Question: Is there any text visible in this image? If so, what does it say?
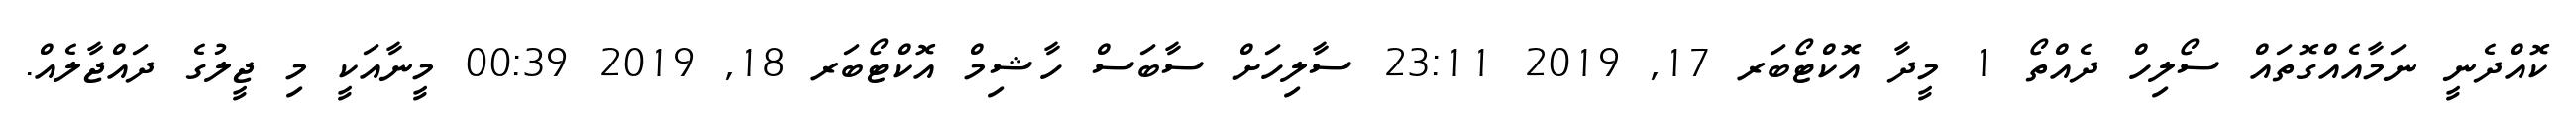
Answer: ކޮއްދެނީ ނަމާއެއްގޮތައް ސޯލިހް ދެއްތޯ 1 މީދާ އޮކްޓޯބަރ 17, 2019 23:11 ސާލިހަށް ސާބަސް ހާޝިމް އޮކްޓޯބަރ 18, 2019 00:39 މީނާއަކީ މި ޖީލުގެ ދައްޖާލެއް.